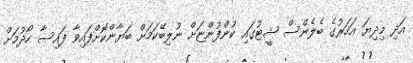
އަދި މިދިޔަ އަހަރުގެ ބެލެންސް ޝީޓުގައި ކުންފުންޏަށް ނުލިބޭކަމަށް ބަޔާންކޮށްފައިވާ ފައިސާ ހޯދުމަށް